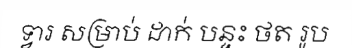
ទ្វារ សម្រាប់ ដាក់ បន្ទះ ថត រូប